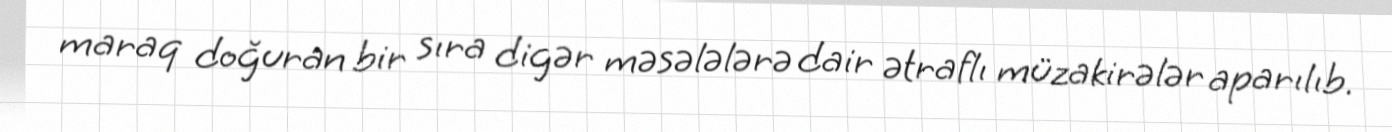
maraq doğuran bir sıra digər məsələlərə dair ətraflı müzakirələr aparılıb.